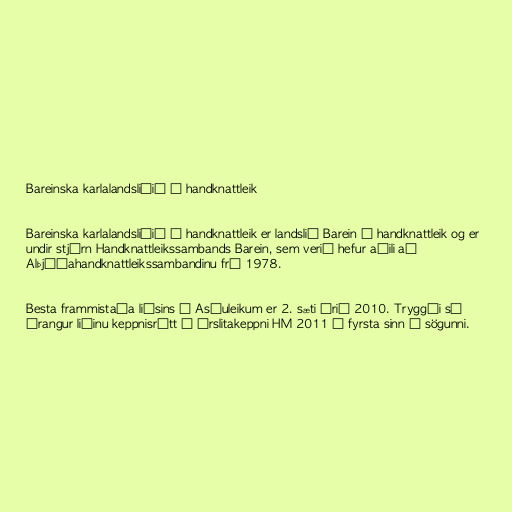
Bareinska karlalandsliðið í handknattleik

Bareinska karlalandsliðið í handknattleik er landslið Barein í handknattleik og er
undir stjórn Handknattleikssambands Barein, sem verið hefur aðili að
Alþjóðahandknattleikssambandinu frá 1978.

Besta frammistaða liðsins á Asíuleikum er 2. sæti árið 2010. Tryggði sá
árangur liðinu keppnisrétt í úrslitakeppni HM 2011 í fyrsta sinn í sögunni.